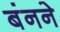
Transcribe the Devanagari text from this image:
बंनने